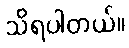
သိရပါတယ်။